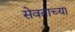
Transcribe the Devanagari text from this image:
सेवताच्या